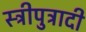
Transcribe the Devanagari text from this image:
स्त्रीपुत्रादी